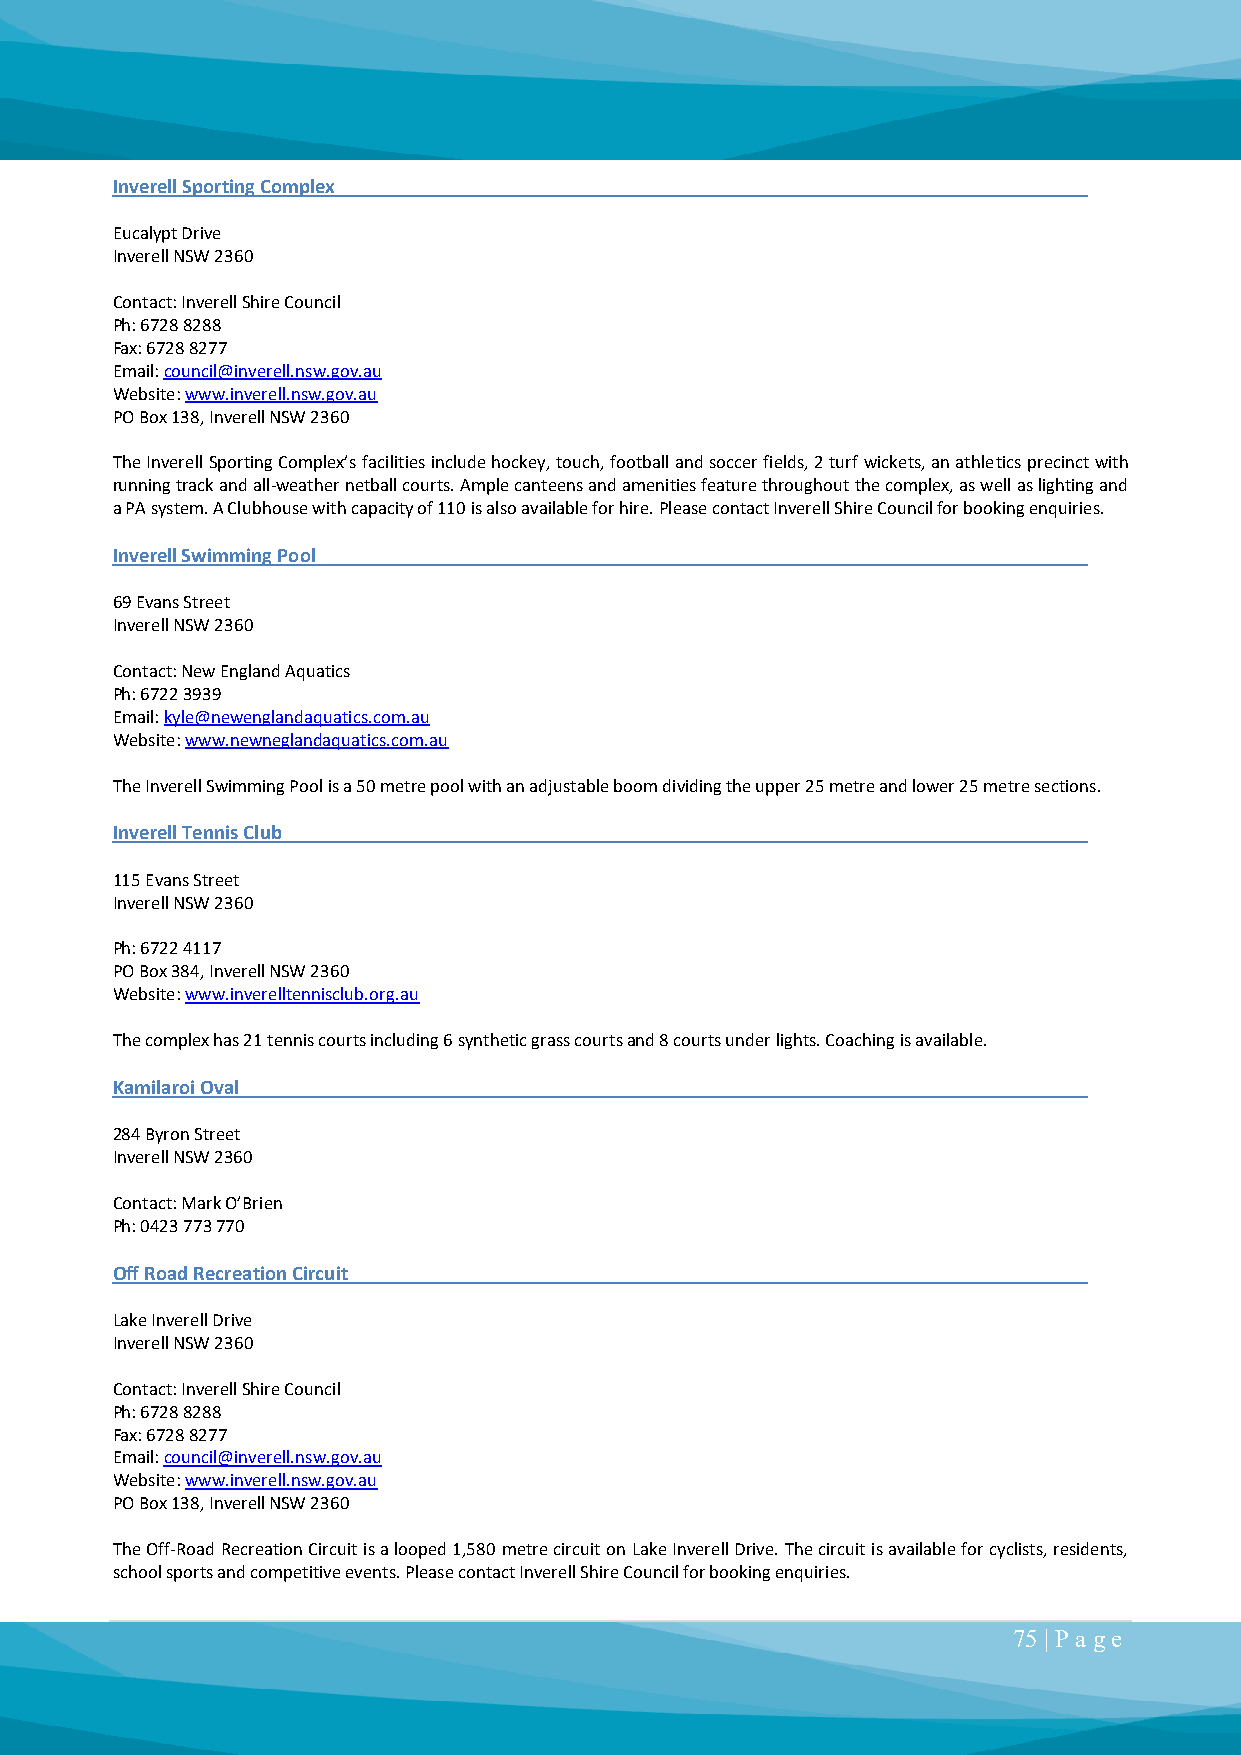
Inverell Sporting Complex
 Eucalypt Drive
 Inverell NSW 2360
 Contact: Inverell Shire Council
 Ph: 6728 8288
 Fax: 6728 8277
 Email: council@inverell.nsw.gov.au
 Website: www.inverell.nsw.gov.au
 PO Box 138, Inverell NSW 2360
 The Inverell Sporting Complex’s facilities include hockey, touch, football and soccer fields, 2 turf wickets, an athletics precinct with
 running track and all-weather netball courts. Ample canteens and amenities feature throughout the complex, as well as lighting and
 a PA system. A Clubhouse with capacity of 110 is also available for hire. Please contact Inverell Shire Council for booking enquiries.
 Inverell Swimming Pool
 69 Evans Street
 Inverell NSW 2360
 Contact: New England Aquatics
 Ph: 6722 3939
 Email: kyle@newenglandaquatics.com.au
 Website: www.newneglandaquatics.com.au
 The Inverell Swimming Pool is a 50 metre pool with an adjustable boom dividing the upper 25 metre and lower 25 metre sections.
 Inverell Tennis Club
 115 Evans Street
 Inverell NSW 2360
 Ph: 6722 4117
 PO Box 384, Inverell NSW 2360
 Website: www.inverelltennisclub.org.au
 The complex has 21 tennis courts including 6 synthetic grass courts and 8 courts under lights. Coaching is available.
 Kamilaroi Oval
 284 Byron Street
 Inverell NSW 2360
 Contact: Mark O’Brien
 Ph: 0423 773 770
 Off Road Recreation Circuit
 Lake Inverell Drive
 Inverell NSW 2360
 Contact: Inverell Shire Council
 Ph: 6728 8288
 Fax: 6728 8277
 Email: council@inverell.nsw.gov.au
 Website: www.inverell.nsw.gov.au
 PO Box 138, Inverell NSW 2360
 The Off-Road Recreation Circuit is a looped 1,580 metre circuit on Lake Inverell Drive. The circuit is available for cyclists, residents,
 school sports and competitive events. Please contact Inverell Shire Council for booking enquiries.
 75 | P a ge